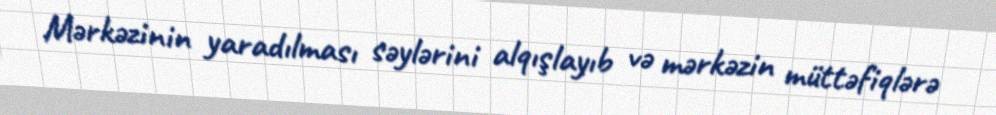
Mərkəzinin yaradılması səylərini alqışlayıb və mərkəzin müttəfiqlərə